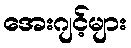
အေးဂျင့်များ